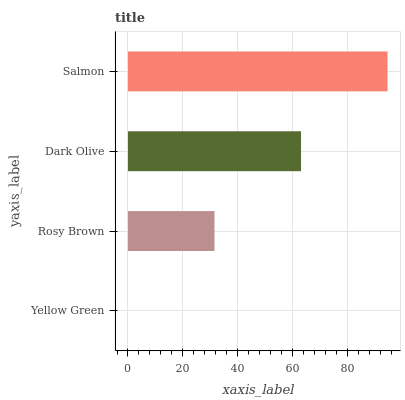
| yaxis_label | bars |
 | --- | --- |
 | Yellow Green | 0 |
 | Rosy Brown | 31.6 |
 | Dark Olive | 63.1 |
 | Salmon | 94.7 |